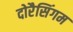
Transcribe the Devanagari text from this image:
दोरैसिंगम